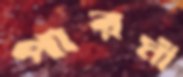
পারমী